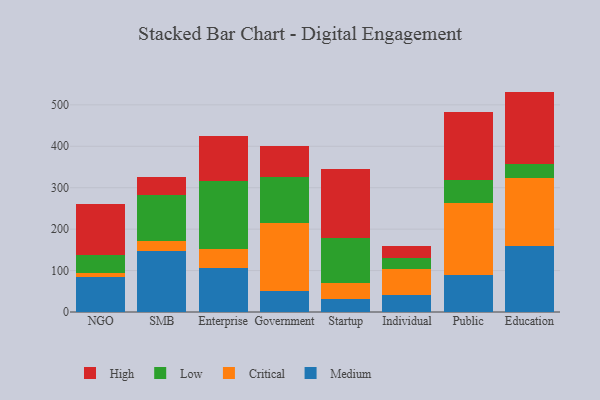
{"axis": {"x": "Segment", "y": "Budget (USD K)"}, "legend": ["Critical", "High", "Low", "Medium"], "data": [{"x": "NGO", "y": 85.3, "type": "Medium"}, {"x": "NGO", "y": 9.5, "type": "Critical"}, {"x": "NGO", "y": 42.5, "type": "Low"}, {"x": "NGO", "y": 124.0, "type": "High"}, {"x": "SMB", "y": 146.1, "type": "Medium"}, {"x": "SMB", "y": 24.8, "type": "Critical"}, {"x": "SMB", "y": 112.2, "type": "Low"}, {"x": "SMB", "y": 41.6, "type": "High"}, {"x": "Enterprise", "y": 106.5, "type": "Medium"}, {"x": "Enterprise", "y": 45.3, "type": "Critical"}, {"x": "Enterprise", "y": 165.0, "type": "Low"}, {"x": "Enterprise", "y": 109.1, "type": "High"}, {"x": "Government", "y": 51.0, "type": "Medium"}, {"x": "Government", "y": 164.8, "type": "Critical"}, {"x": "Government", "y": 109.2, "type": "Low"}, {"x": "Government", "y": 75.5, "type": "High"}, {"x": "Startup", "y": 30.7, "type": "Medium"}, {"x": "Startup", "y": 40.1, "type": "Critical"}, {"x": "Startup", "y": 107.1, "type": "Low"}, {"x": "Startup", "y": 167.6, "type": "High"}, {"x": "Individual", "y": 41.9, "type": "Medium"}, {"x": "Individual", "y": 63.0, "type": "Critical"}, {"x": "Individual", "y": 25.9, "type": "Low"}, {"x": "Individual", "y": 28.5, "type": "High"}, {"x": "Public", "y": 89.3, "type": "Medium"}, {"x": "Public", "y": 174.1, "type": "Critical"}, {"x": "Public", "y": 56.3, "type": "Low"}, {"x": "Public", "y": 163.1, "type": "High"}, {"x": "Education", "y": 159.2, "type": "Medium"}, {"x": "Education", "y": 163.1, "type": "Critical"}, {"x": "Education", "y": 34.7, "type": "Low"}, {"x": "Education", "y": 175.0, "type": "High"}]}